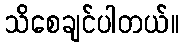
သိစေချင်ပါတယ်။